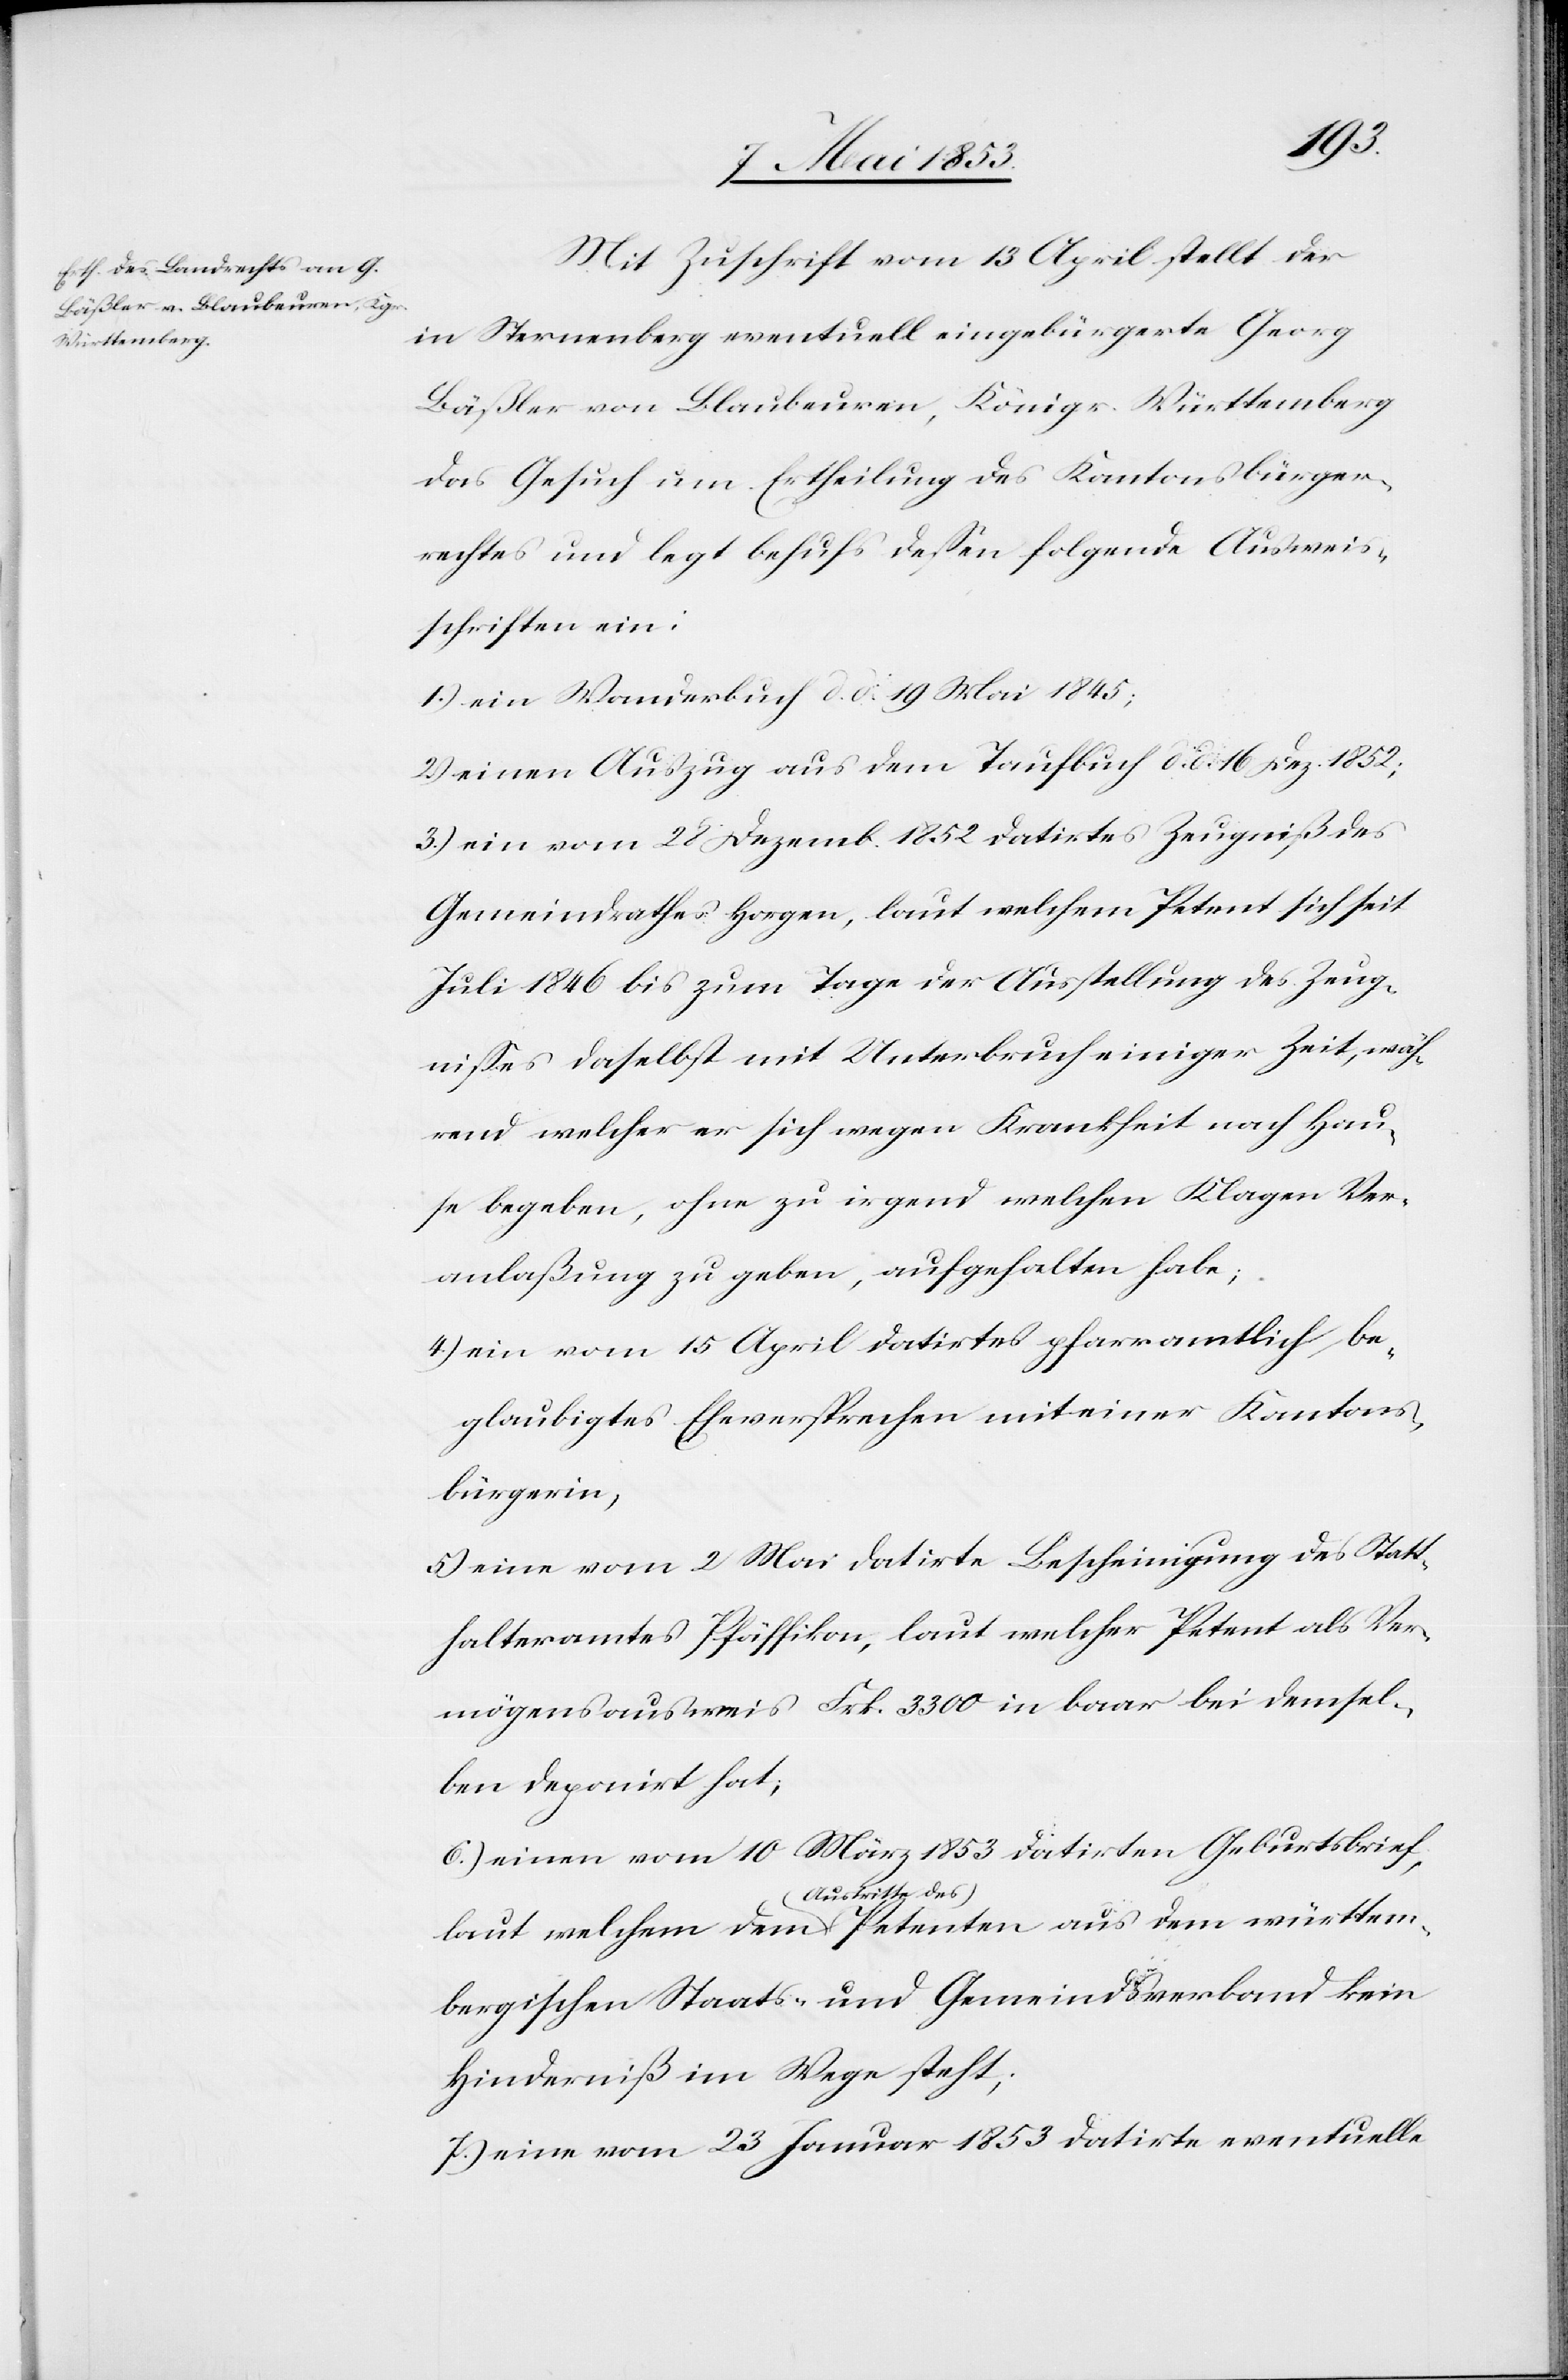
württem¬

Mit Zuschrift vom 13 April stellt der
in Sternenberg eventuell eingebürgerte Georg
Fäßler von Blaubeuren, Königr. Württemberg
das Gesuch um Ertheilung des Kantonsbürger¬
rechtes und legt behufs deßen folgende Ausweis¬
schriften ein:
1.) Ein Wanderbuch d. d. 19 Mai 1845;
2.) einen Auszug aus dem Taufbuch d. d. 16 Dez. 1852;
3.) ein vom 28 Dezemb. 1852 datirtes Zeugniß des
Gemeindrathes Horgen, laut welchem Petent sich seit
Juli 1846 bis zum Tage der Ausstellung des Zeug¬
nißes daselbst mit Unterbruch einiger Zeit, wäh¬
rend welcher er sich wegen Krankheit nach Hau¬
se begeben, ohne zu irgend welchen Klagen Ver¬
anlaßung zu geben, aufgehalten habe;
4.) ein vom 15 April datirtes pfarramtlich, be¬
glaubigtes Eheversprechen mit einer Kantons¬
bürgerin,
5.) eine vom 2 Mai datirte Bescheinigung des Statt¬
halteramtes Pfäffikon, laut welcher Petent als Ver¬
mögensausweis Frk. 3300 in baar bei demsel¬
ben deponirt hat;
6.) einen vom 10 März 1853 datirten Geburtsbrief,
(Austritte des)
bergischen Staats- und Gemeindsverband kein
Hinderniß im Wege steht;
7.) eine vom 23 Januar 1853 datirte eventuelle